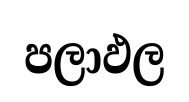
පලාඵල